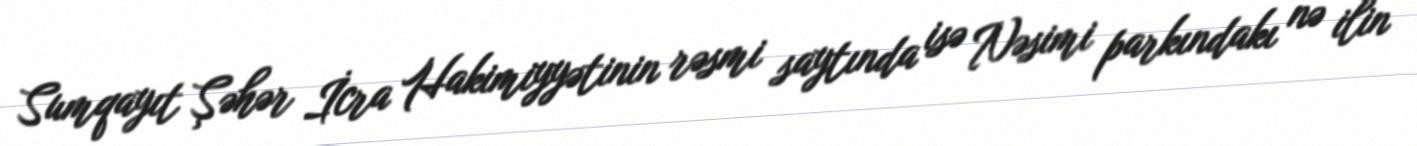
Sumqayıt Şəhər İcra Hakimiyyətinin rəsmi saytında isə Nəsimi parkındakı nə ilin